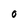
Character: O